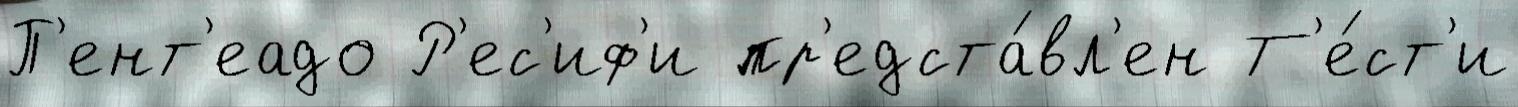
П'ент'еадо Р'ес'иф'и пр'едста́вл'ен Т'е́ст'и